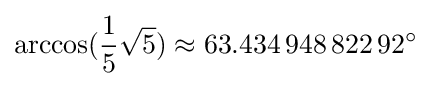
\arccos({\frac {1}{5}}{\sqrt {5}})\approx 63.434\,948\,822\,92^{\circ }